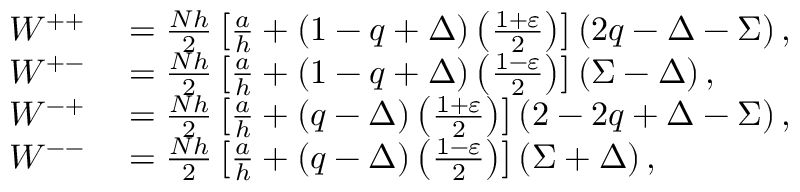
\begin{array} { r l } { W ^ { + + } } & { { } = \frac { N h } { 2 } \left[ \frac { a } { h } + \left( 1 - q + \Delta \right) \left( \frac { 1 + \varepsilon } { 2 } \right) \right] \left( 2 q - \Delta - \Sigma \right) , } \\ { W ^ { + - } } & { { } = \frac { N h } { 2 } \left[ \frac { a } { h } + \left( 1 - q + \Delta \right) \left( \frac { 1 - \varepsilon } { 2 } \right) \right] \left( \Sigma - \Delta \right) , } \\ { W ^ { - + } } & { { } = \frac { N h } { 2 } \left[ \frac { a } { h } + \left( q - \Delta \right) \left( \frac { 1 + \varepsilon } { 2 } \right) \right] \left( 2 - 2 q + \Delta - \Sigma \right) , } \\ { W ^ { -- } } & { { } = \frac { N h } { 2 } \left[ \frac { a } { h } + \left( q - \Delta \right) \left( \frac { 1 - \varepsilon } { 2 } \right) \right] \left( \Sigma + \Delta \right) , } \end{array}